Civil Veterinary Department. United Provinces 1923-31 - 1923-1931
Year: 1923
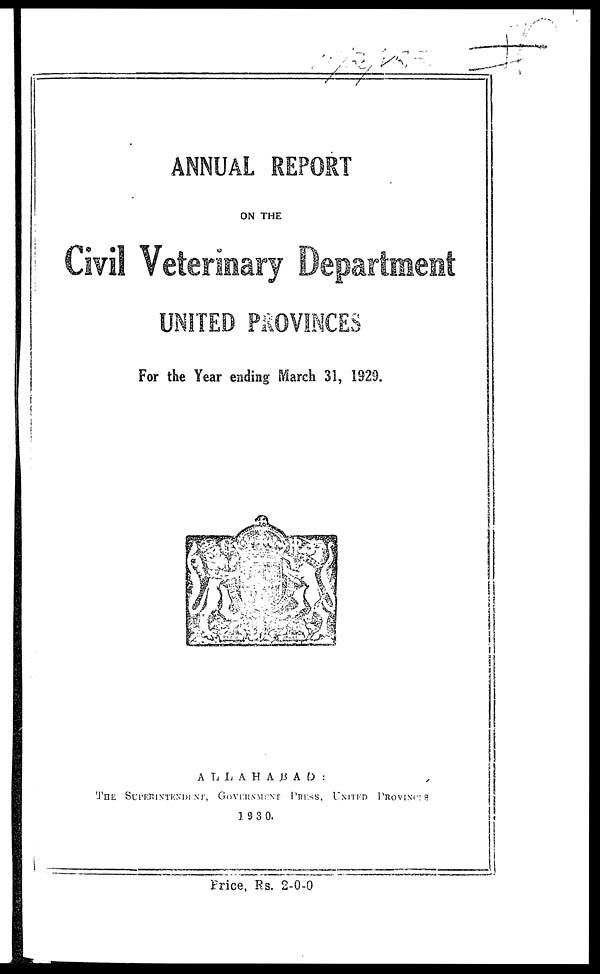
ANNUAL REPORT
ON THE
UNITED PROVINCES
For the Year ending March 31, 1929.
ALLAHABAD:
THE SUPERINTENDENT, GOVERNMENT PRESS, UNITED PROVINCES
1930.
Price, Rs. 2-0-0